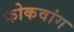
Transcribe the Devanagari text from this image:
फोकवांग